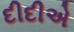
દીદીએ